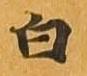
白